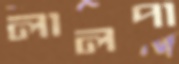
লালপা